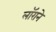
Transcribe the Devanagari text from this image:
लॉराने